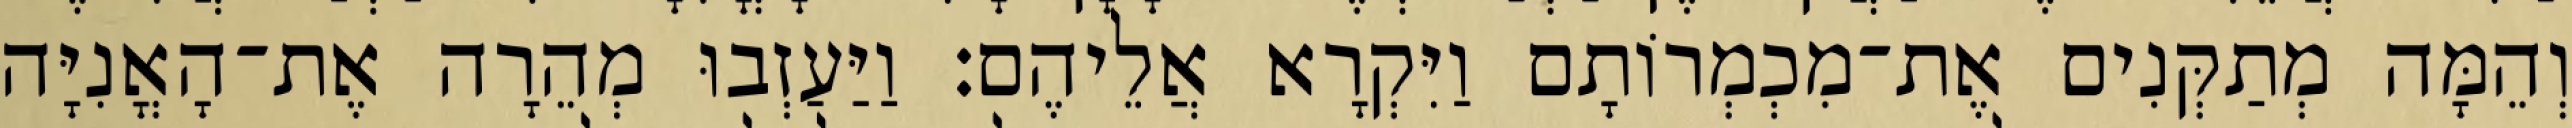
וְהֵמָּה מְתַקְּנִים אֶת־מִכְמְרוֹתָם וַיִּקְרָא אֲלֵיהֶם׃ וַיַּעַזְבוּ מְהֵרָה אֶת־הָאֳנִיָּה